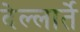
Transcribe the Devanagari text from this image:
देल्लार्ते